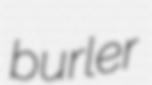
burler